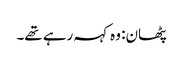
پٹھان: وہ کہہ رہے تھے۔